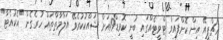
އެޗްޕީއޭ އިން ކޮށްފައިވާ ޓްވީޓެއްގައި ބުނީ ކޮވިޑް19އަށް ޝައްކުކުރެވޭ އަލާމާތްތައް ހުރެގެން "އެކުއެޓާ"